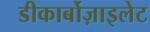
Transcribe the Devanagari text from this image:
डीकार्बोज़ाइलेट